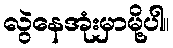
လွဲနေအုံးမှာမို့ပါ။